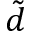
\tilde { d }